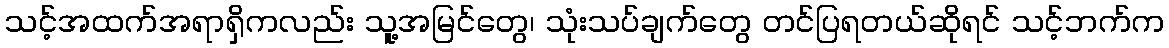
သင့်အထက်အရာရှိကလည်း သူ့အမြင်တွေ၊ သုံးသပ်ချက်တွေ တင်ပြရတယ်ဆိုရင် သင့်ဘက်က